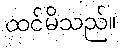
ထင်မိသည်။